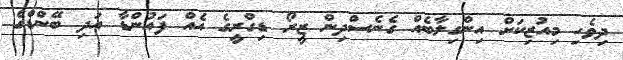
ދިވެހި މިއުޒިކަށް އިންގިލާބެއް ގެނެސްދިން ޒީރޯ ޑިގްރީގެ އެއް ފައުންޑާ އަދި ބޭންޑްގެ